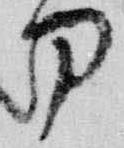
刀